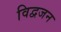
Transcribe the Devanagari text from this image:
विद्वजन